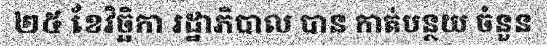
២៥ ខែវិច្ឆិកា រដ្ឋាភិបាល បាន កាត់បន្ថយ ចំនួន